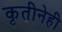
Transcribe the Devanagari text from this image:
कृतीनेही